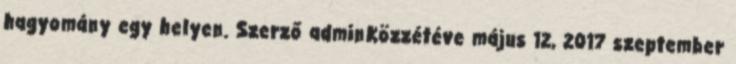
hagyomány egy helyen. Szerző adminKözzétéve május 12, 2017 szeptember